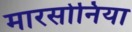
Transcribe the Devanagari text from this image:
मारसोनिया